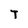
Character: T